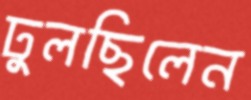
ঢুলছিলেন